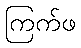
ကြက်ဖ